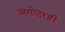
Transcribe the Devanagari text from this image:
अगोदरही